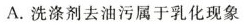
A.洗涤剂去油污属于乳化现象